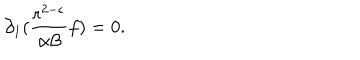
LaTeX: \partial _ { 1 } ( \frac { r ^ { 2 - \epsilon } } { \alpha \beta } f ) = 0 .